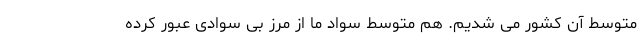
متوسط آن کشور می شدیم. هم متوسط سواد ما از مرز بی سوادی عبور کرده